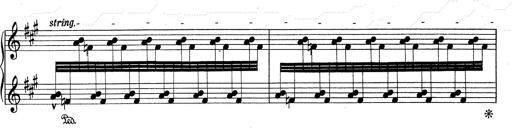
Title: RÃ©miniscences de Don Juan
Composer: Franz Liszt